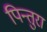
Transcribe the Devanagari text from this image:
पिन्तुरा